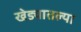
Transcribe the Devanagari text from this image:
खेड्यातल्या